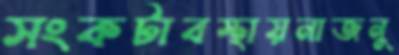
সংকটাবস্থায়নাজনু